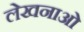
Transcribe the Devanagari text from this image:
लेखनाओं